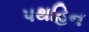
પથહિન